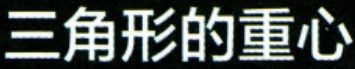
三角形的重心